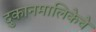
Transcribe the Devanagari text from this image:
दुकानमालिकेचे